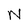
Character: N